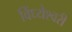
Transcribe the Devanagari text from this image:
विंध्येश्वरी